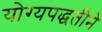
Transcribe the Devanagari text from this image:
योग्यपद्धतीने